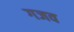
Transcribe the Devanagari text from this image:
गजव